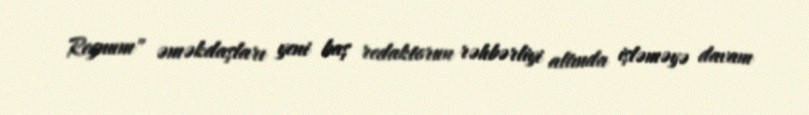
Regnum" əməkdaşları yeni baş redaktorun rəhbərliyi altında işləməyə davam